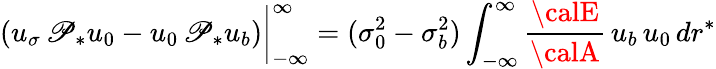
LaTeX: (u_{\sigma}\, \mathscr{P}_{*}u_{0}-u_{0}\, \mathscr{P}_{*}u_{b})\bigg|_{-\infty}^{\infty}=(\sigma_{0}^{2}-\sigma_{b}^{2})\int_{-\infty}^{\infty}\frac{{{\calE}}}{{{\calA}}}\, u_{b}\, u_{0}\, dr^{*}